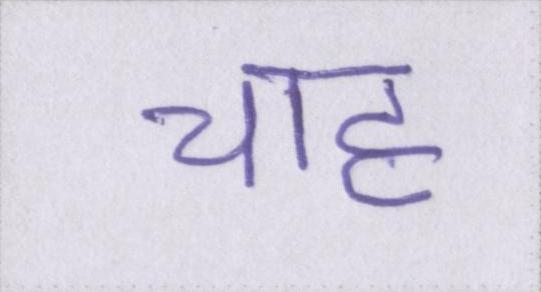
चाह